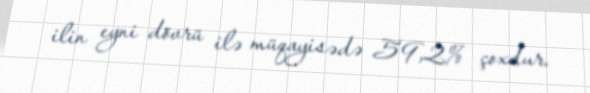
ilin eyni dövrü ilə müqayisədə 59,2% çoxdur.